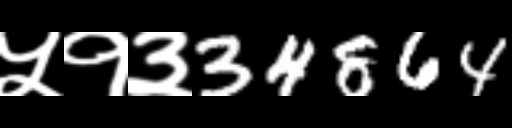
Text: ५१३34864